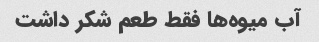
آب میوه‌ها فقط طعم شکر داشت